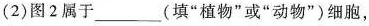
(2)图2属于___(填”植物”或”动物”)细胞，